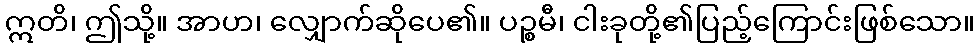
ဣတိ၊ ဤသို့။ အာဟ၊ လျှောက်ဆိုပေ၏။ ပဉ္စမီ၊ ငါးခုတို့၏ပြည့်ကြောင်းဖြစ်သော။